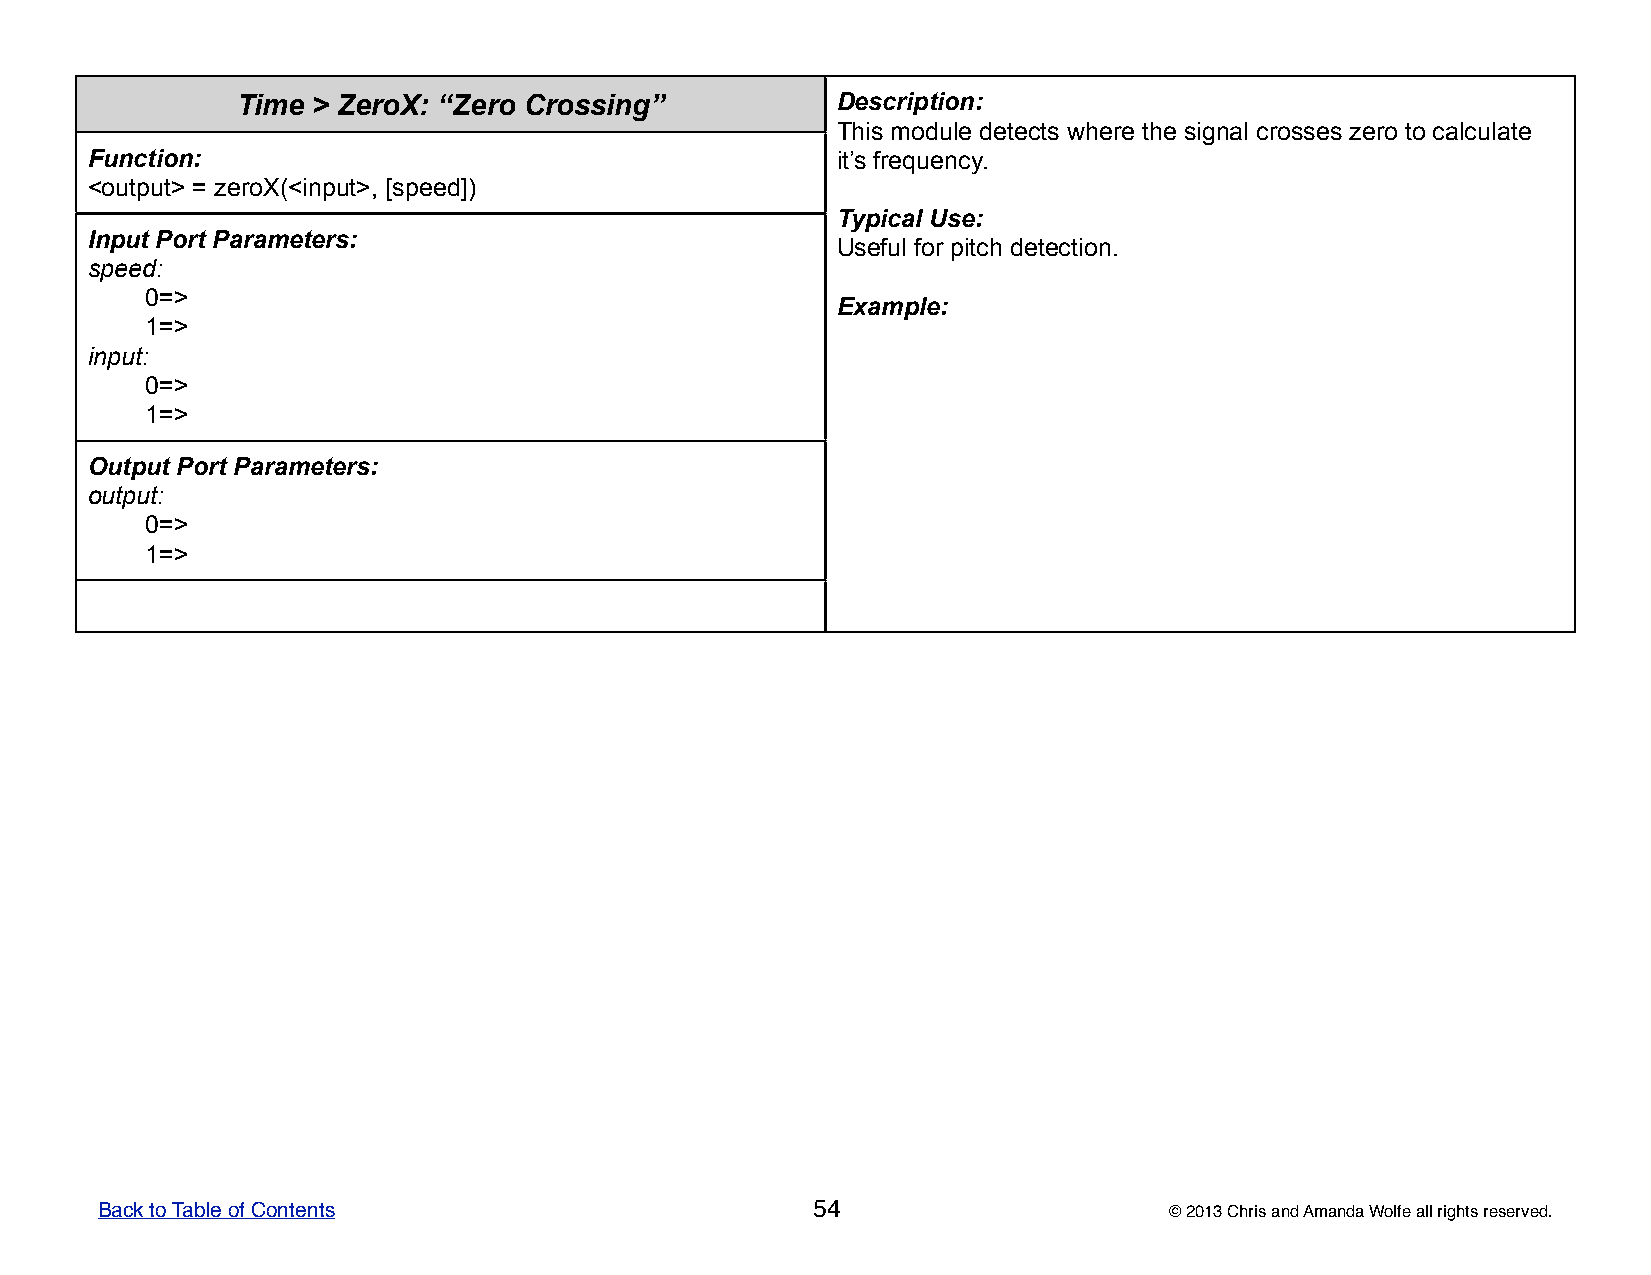
Time > ZeroX: “Zero Crossing”          DDDDDeeeeessssscccccrrrrriiiiippppptttttiiiiiooooonnnnn:::::
 TTTTThhhhhiiiiisssss mmmmmoooooddddduuuuullllleeeee dddddeeeeettttteeeeeccccctttttsssss wwwwwhhhhheeeeerrrrreeeee ttttthhhhheeeee sssssiiiiigggggnnnnnaaaaalllll cccccrrrrrooooosssssssssseeeeesssss zzzzzeeeeerrrrrooooo tttttooooo cccccaaaaalllllcccccuuuuulllllaaaaattttteeeee
 Function:                                        iiiiittttt’’’’’sssss fffffrrrrreeeeeqqqqquuuuueeeeennnnncccccyyyyy.....
 <output> = zeroX(<input>, [speed])
 TTTTTyyyyypppppiiiiicccccaaaaalllll UUUUUssssseeeee:::::
 Input Port Parameters:
 UUUUUssssseeeeefffffuuuuulllll fffffooooorrrrr pppppiiiiitttttccccchhhhh dddddeeeeettttteeeeeccccctttttiiiiiooooonnnnn.....
 speed:
 0=>
 EEEEExxxxxaaaaammmmmpppppllllleeeee:::::
 1=>
 input:
 0=>
 1=>
 Output Port Parameters:
 output:
 0=>
 1=>
 Back to Table of Contents                       54                     © 2013 Chris and Amanda Wolfe all rights reserved.